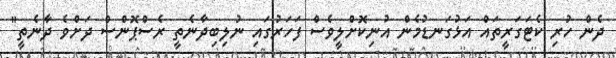
ދެން ހުރި ކެޓަގަރީތައް އަޅުގަނޑުމެން އުނިކޮށްލީވެސް ފަހަރުގައި ނުލިބިދާނެތީ ރެސްޕޮންސް ދަށްވެ ދާނެތީ"